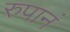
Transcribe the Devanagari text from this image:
रुपानं